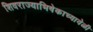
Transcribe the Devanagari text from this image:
शिवराज्याभिषेकाच्यावेळी